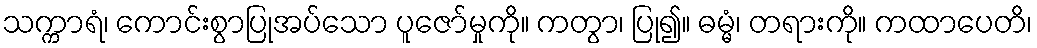
သက္ကာရံ၊ ကောင်းစွာပြုအပ်သော ပူဇော်မှုကို။ ကတွာ၊ ပြု၍။ ဓမ္မံ၊ တရားကို။ ကထာပေတိ၊